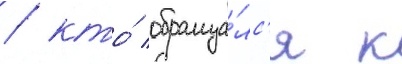
/ кто́ обраща́лс'я к